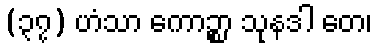
(၃၇) ဟံသာ ကောဉ္စာ သုနဒါ တေ၊